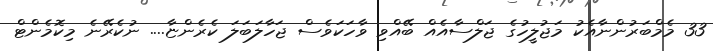
33 މެމްބަރުންނާއެކު މަޖުލީހުގެ ޖަލްސާއެއް ބޭއްވި ވާހަކަވެސް ޖަހާލަބަލަ ކެރެންޏާ.... ނުކެރޭނެ މިކޮމެންޓް